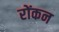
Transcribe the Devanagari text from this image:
रोंकन